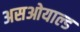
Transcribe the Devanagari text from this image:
असओयाल्ड